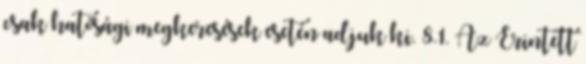
csak hatósági megkeresések esetén adjuk ki. 8.1. Az Érintett